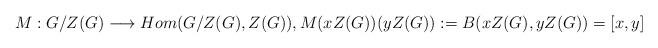
LaTeX: \begin{align*}M: G/Z(G)\longrightarrow Hom(G/Z(G),Z(G)), M(xZ(G))(yZ(G)):=B(xZ(G), yZ(G)) = [x,y]\end{align*}